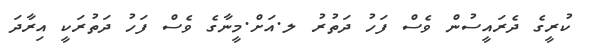
ކުރީގެ ދެރައީސުން ވެސް ފަހު ދަތުރު ލ.އަށް.މީނާގެ ވެސް ފަހު ދަތުރަކީ އިރާދަ